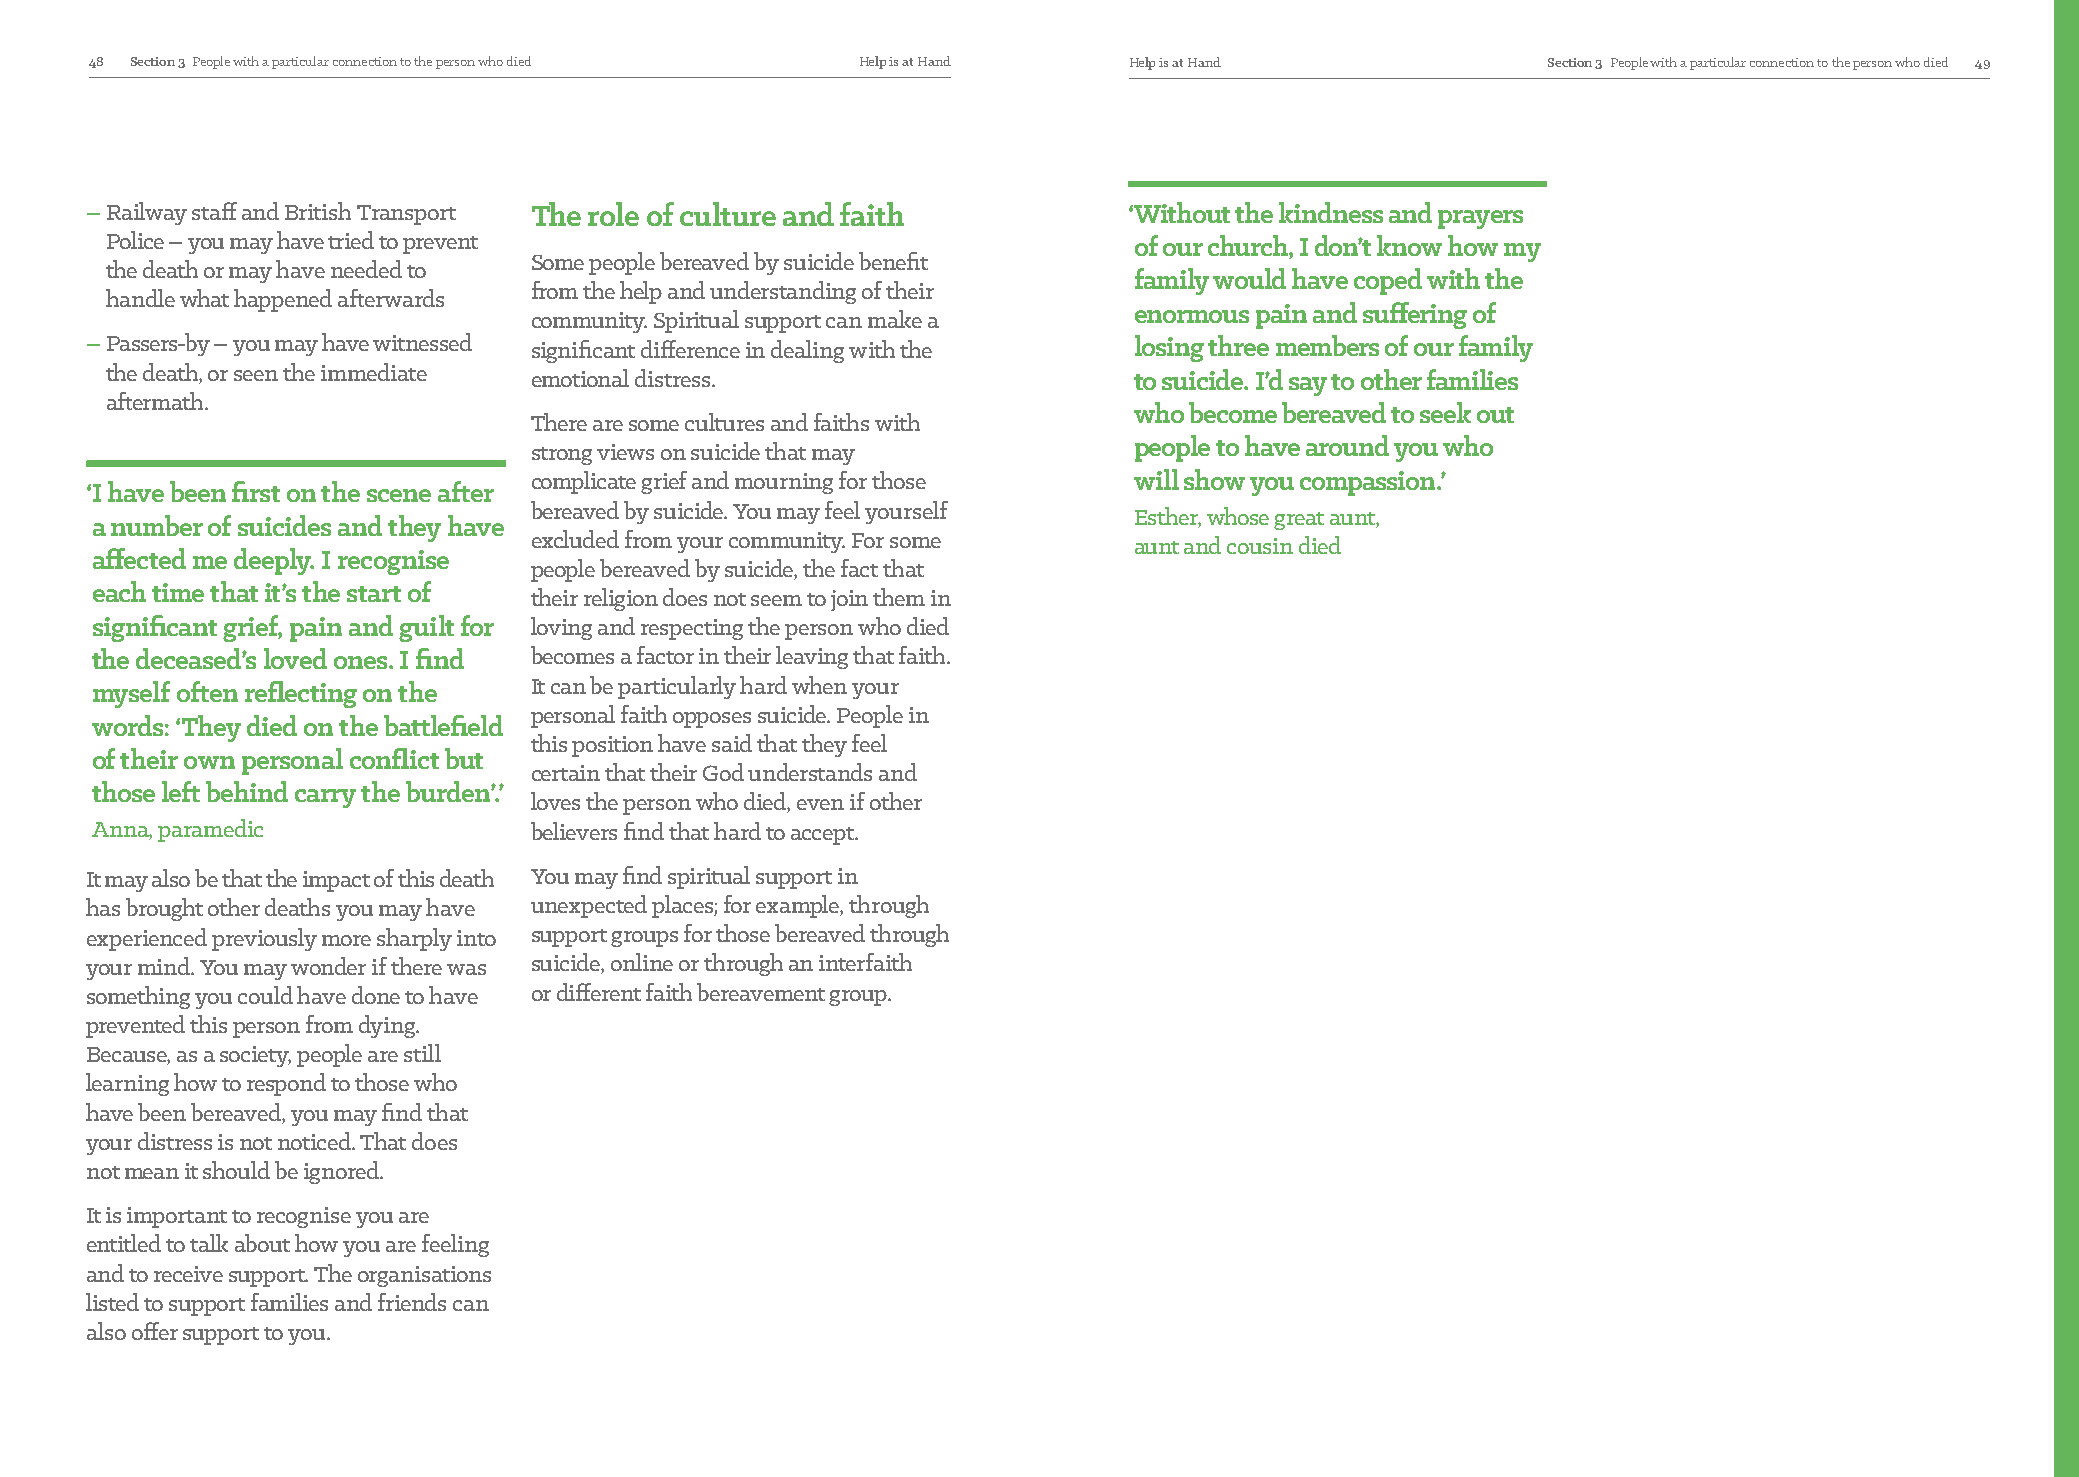
48 Section 3 People with a particular connection to the person who died Help is at Hand Help is at Hand Section 3 People with a particular connection to the person who died 49
 – R ailway staff and British Transport The role of culture and faith ‘ Without the kindness and prayers
 Police – you may have tried to prevent                              of our church, I don’t know how my
 Some people bereaved by suicide benefit
 the death or may have needed to
 family would have coped with the
 from the help and understanding of their
 handle what happened afterwards
 enormous pain and suffering of
 community. Spiritual support can make a
 – P assers-by – you may have witnessed significant difference in dealing with the losing three members of our family
 the death, or seen the immediate emotional distress.                to suicide. I’d say to other families
 aftermath.
 who become bereaved to seek out
 There are some cultures and faiths with
 people to have around you who
 strong views on suicide that may
 complicate grief and mourning for those will show you compassion.’
 ‘ I have been first on the scene after
 bereaved by suicide. You may feel yourself Esther, whose great aunt,
 a number of suicides and they have
 excluded from your community. For some  aunt and cousin died
 affected me deeply. I recognise
 people bereaved by suicide, the fact that
 each time that it’s the start of
 their religion does not seem to join them in
 significant grief, pain and guilt for loving and respecting the person who died
 the deceased’s loved ones. I find becomes a factor in their leaving that faith.
 myself often reflecting on the It can be particularly hard when your
 personal faith opposes suicide. People in
 words: ‘They died on the battlefield
 this position have said that they feel
 of their own personal conflict but
 certain that their God understands and
 those left behind carry the burden’.’
 loves the person who died, even if other
 Anna, paramedic              believers find that hard to accept.
 It may also be that the impact of this death You may find spiritual support in
 has brought other deaths you may have unexpected places; for example, through
 experienced previously more sharply into support groups for those bereaved through
 your mind. You may wonder if there was suicide, online or through an interfaith
 something you could have done to have or different faith bereavement group.
 prevented this person from dying.
 Because, as a society, people are still
 learning how to respond to those who
 have been bereaved, you may find that
 your distress is not noticed. That does
 not mean it should be ignored.
 It is important to recognise you are
 entitled to talk about how you are feeling
 and to receive support. The organisations
 listed to support families and friends can
 also offer support to you.